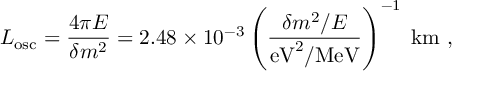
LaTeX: L _ { \mathrm { o s c } } = \frac { 4 \pi E } { \delta m ^ { 2 } } = 2 . 4 8 \times 1 0 ^ { - 3 } \left( \frac { \delta m ^ { 2 } / E } { \mathrm { e V } ^ { 2 } / \mathrm { M e V } } \right) ^ { - 1 } \; \mathrm { k m } \ ,